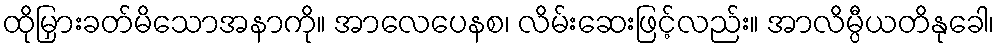
ထိုမြှားခတ်မိသောအနာကို။ အာလေပေနစ၊ လိမ်းဆေးဖြင့်လည်း။ အာလိမ္ပီယတိနုခေါ၊